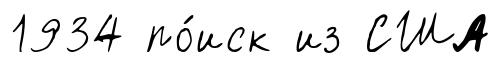
1934 по́иск из США